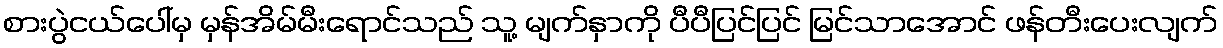
စားပွဲငယ်ပေါ်မှ မှန်အိမ်မီးရောင်သည် သူ့ မျက်နှာကို ပီပီပြင်ပြင် မြင်သာအောင် ဖန်တီးပေးလျက်